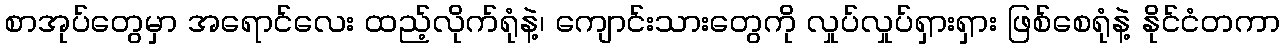
စာအုပ်တွေမှာ အရောင်လေး ထည့်လိုက်ရုံနဲ့၊ ကျောင်းသားတွေကို လှုပ်လှုပ်ရှားရှား ဖြစ်စေရုံနဲ့ နိုင်ငံတကာ